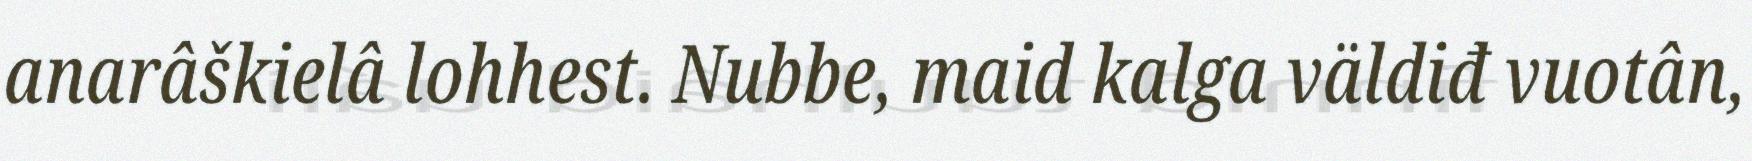
anarâškielâ lohhest. Nubbe, maid kalga väldiđ vuotân,